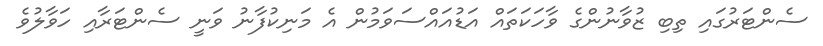
ސެންޓަރުގައި ތިބި ޒުވާނުންގެ ވާހަކަތައް އަޑުއައްސަވަމުން އެ މަނިކުފާނު ވަނީ ސެންޓަރާއި ހަވާލުވެ